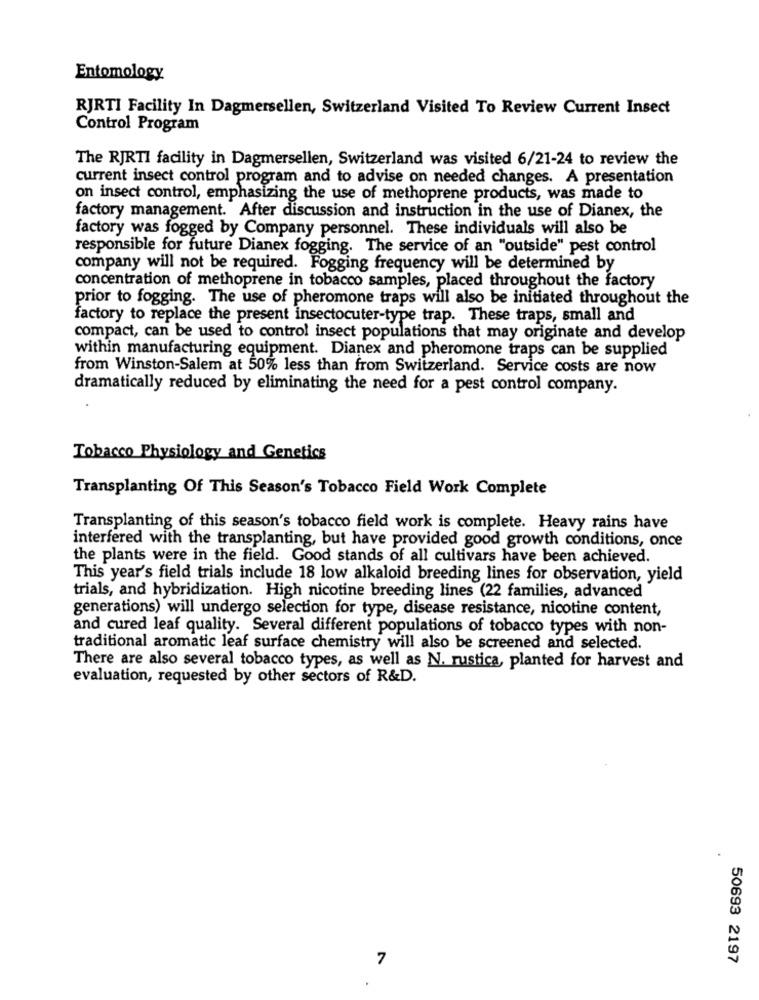
Entomology
RJRTI Facility In Dagmersellen, Switzerland Visited To Review Current Insect
Control Program
The RJRTI facility in Dagmersellen, Switzerland was visited 6/21-24 to review the
current insect control program and to advise on needed changes. A presentation
on insect control, emphasizing the use of methoprene products, was made to
factory management. After discussion and instruction in the use of Dianex, the
factory was fogged by Company personnel. These individuals will also be
responsible for future Dianex fogging. The service of an "outside" pest control
company will not be required. Fogging frequency will be determined by
concentration of methoprene in tobacco samples, placed throughout the factory
prior to fogging. The use of pheromone traps will also be initiated throughout the
factory to replace the present insectocuter-type trap. These traps, small and
compact, can be used to control insect populations that may originate and develop
within manufacturing equipment. Dianex and pheromone traps can be supplied
from Winston-Salem at 50% less than from Switzerland. Service costs are now
dramatically reduced by eliminating the need for a pest control company.
Tobacco Physiology and Genetics
Transplanting Of This Season's Tobacco Field Work Complete
Transplanting of this season's tobacco field work is complete. Heavy rains have
interfered with the transplanting, but have provided good growth conditions, once
the plants were in the field. Good stands of all cultivars have been achieved.
This year's field trials include 18 low alkaloid breeding lines for observation, yield
trials, and hybridization. High nicotine breeding lines (22 families, advanced
generations) will undergo selection for type, disease resistance, nicotine content,
and cured leaf quality. Several different populations of tobacco types with non-
traditional aromatic leaf surface chemistry will also be screened and selected.
There are also several tobacco types, as well as N. rustica, planted for harvest and
evaluation, requested by other sectors of R&D.
7
50693 2197